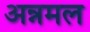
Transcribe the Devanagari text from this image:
अन्नमल